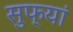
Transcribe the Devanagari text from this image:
सुफ्यां